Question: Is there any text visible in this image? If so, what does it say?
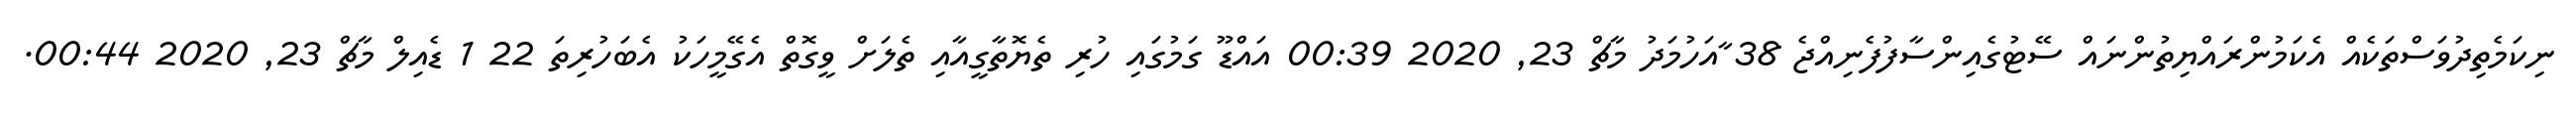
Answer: ނިކަމެތިދުވަސްތަކެއް އެކަމުންރައްޔިތުންނައް ސޭޓުގެއިންސާފުފެނިއްޖެ 38 ާއަހުމަދު މާޗް 23, 2020 00:39 އައްޑޫ ގަމުގައި ހުރި ތެޔޮތާގީއާއި ތެލަށް ވީގޮތް އެގޭމީހަކު އެބަހުރިތަ 22 1 ޑެއިލް މާޗް 23, 2020 00:44.